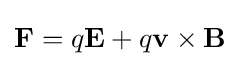
\mathbf {F} =q\mathbf {E} +q\mathbf {v} \times \mathbf {B}